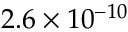
2 . 6 \times 1 0 ^ { - 1 0 }